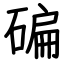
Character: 碥